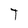
Character: T